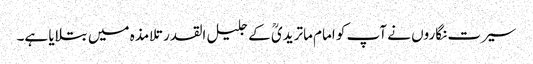
سیرت نگاروں نے آپ کو امام ماتریدیؒ کے جلیل القدر تلامذہ میں بتلایا ہے۔